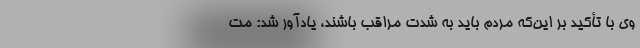
وی با تأکید بر این‌که مردم باید به شدت مراقب باشند، یادآور شد: مت